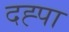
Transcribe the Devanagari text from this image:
दह्पा